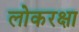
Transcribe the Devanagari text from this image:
लोकरक्षा